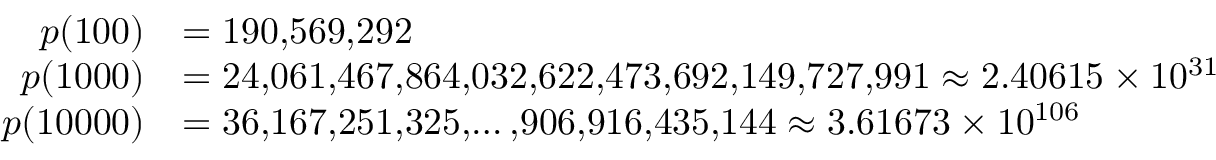
{ \begin{array} { r l } { p ( 1 0 0 ) } & { = 1 9 0 , \! 5 6 9 , \! 2 9 2 } \\ { p ( 1 0 0 0 ) } & { = 2 4 , \! 0 6 1 , \! 4 6 7 , \! 8 6 4 , \! 0 3 2 , \! 6 2 2 , \! 4 7 3 , \! 6 9 2 , \! 1 4 9 , \! 7 2 7 , \! 9 9 1 \approx 2 . 4 0 6 1 5 \times 1 0 ^ { 3 1 } } \\ { p ( 1 0 0 0 0 ) } & { = 3 6 , \! 1 6 7 , \! 2 5 1 , \! 3 2 5 , \! \dots , \! 9 0 6 , \! 9 1 6 , \! 4 3 5 , \! 1 4 4 \approx 3 . 6 1 6 7 3 \times 1 0 ^ { 1 0 6 } } \end{array} }